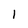
Character: 1